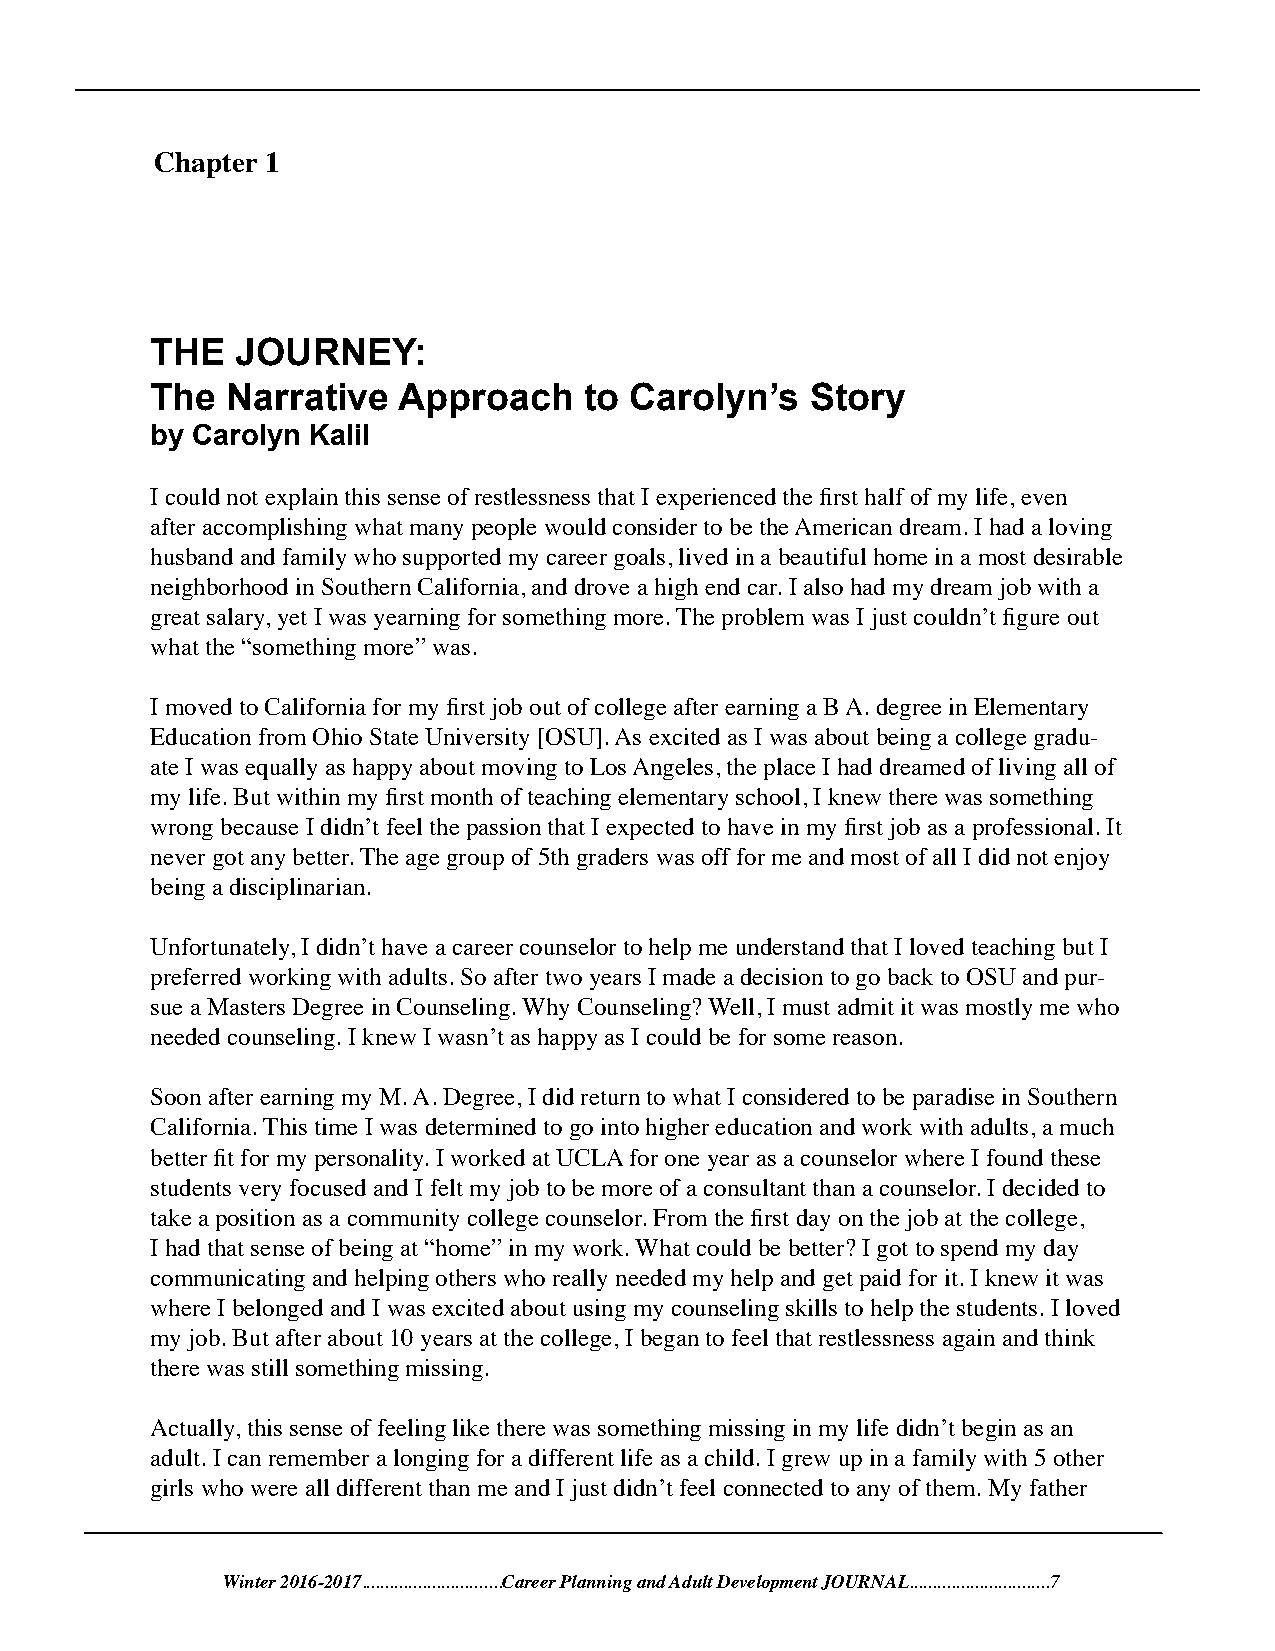
Chapter 1
 THE   JOURNEY:
 The  Narrative  Approach     to Carolyn’s   Story
 by Carolyn Kalil
 I could not explain this sense of restlessness that I experienced the first half of my life, even
 after accomplishing what many people would consider to be the American dream. I had a loving
 husband and family who supported my career goals, lived in a beautiful home in a most desirable
 neighborhood in Southern California, and drove a high end car. I also had my dream job with a
 great salary, yet I was yearning for something more. The problem was I just couldn’t figure out
 what the “something more” was.
 I moved to California for my first job out of college after earning a B A. degree in Elementary
 Education from Ohio State University [OSU]. As excited as I was about being a college gradu-
 ate I was equally as happy about moving to Los Angeles, the place I had dreamed of living all of
 my life. But within my first month of teaching elementary school, I knew there was something
 wrong because I didn’t feel the passion that I expected to have in my first job as a professional. It
 never got any better. The age group of 5th graders was off for me and most of all I did not enjoy
 being a disciplinarian.
 Unfortunately, I didn’t have a career counselor to help me understand that I loved teaching but I
 preferred working with adults. So after two years I made a decision to go back to OSU and pur-
 sue a Masters Degree in Counseling. Why Counseling? Well, I must admit it was mostly me who
 needed counseling. I knew I wasn’t as happy as I could be for some reason.
 Soon after earning my M. A. Degree, I did return to what I considered to be paradise in Southern
 California. This time I was determined to go into higher education and work with adults, a much
 better fit for my personality. I worked at UCLA for one year as a counselor where I found these
 students very focused and I felt my job to be more of a consultant than a counselor. I decided to
 take a position as a community college counselor. From the first day on the job at the college,
 I had that sense of being at “home” in my work. What could be better? I got to spend my day
 communicating and helping others who really needed my help and get paid for it. I knew it was
 where I belonged and I was excited about using my counseling skills to help the students. I loved
 my job. But after about 10 years at the college, I began to feel that restlessness again and think
 there was still something missing.
 Actually, this sense of feeling like there was something missing in my life didn’t begin as an
 adult. I can remember a longing for a different life as a child. I grew up in a family with 5 other
 girls who were all different than me and I just didn’t feel connected to any of them. My father
 Winter 2016-2017..............................Career Planning and Adult Development JOURNAL..............................7